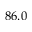
8 6 . 0